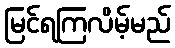
မြင်ရကြလိမ့်မည်